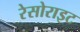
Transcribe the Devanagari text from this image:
रेसोराइट